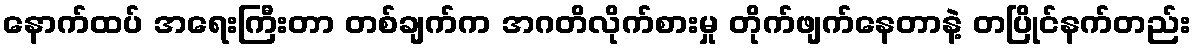
နောက်ထပ် အရေးကြီးတာ တစ်ချက်က အဂတိလိုက်စားမှု တိုက်ဖျက်နေတာနဲ့ တပြိုင်နက်တည်း